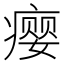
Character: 瘿